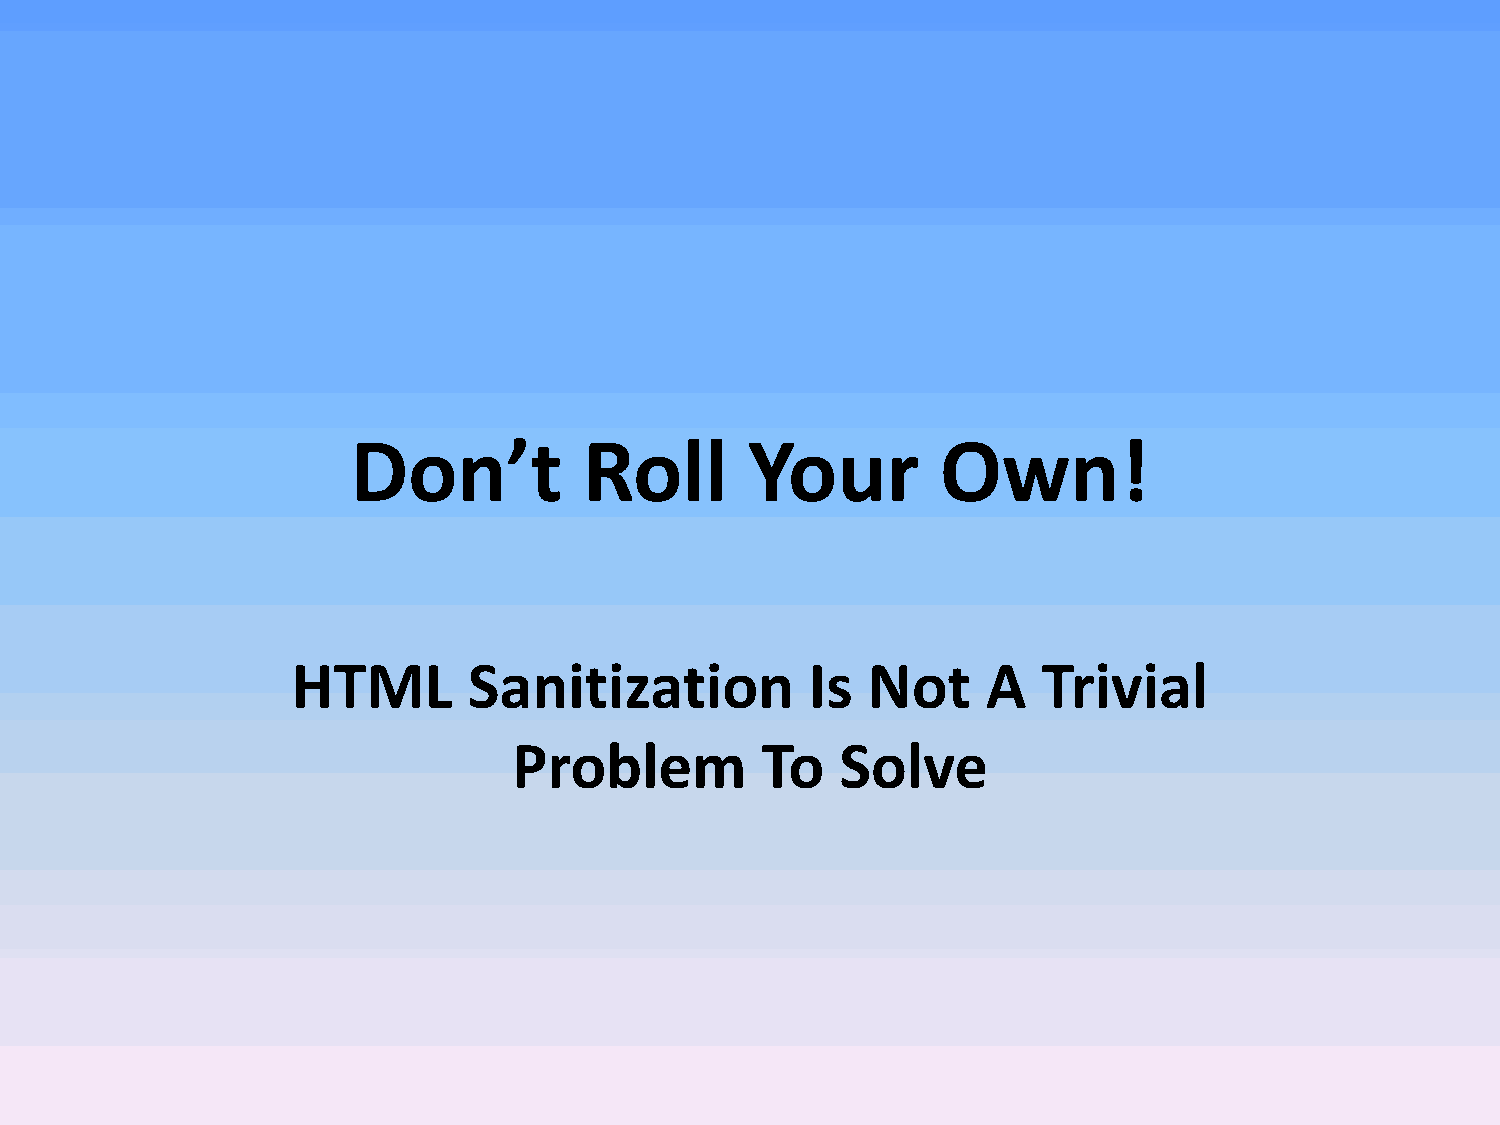
Don’t           Roll       Your        Own!
 HTML        Sanitization           Is Not     A   Trivial
 Problem         To    Solve